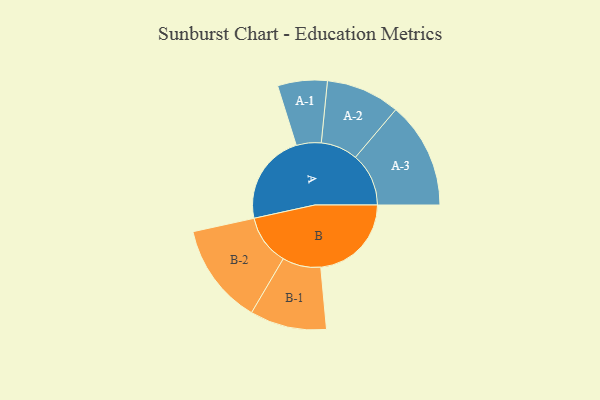
{"axis": {"x": "Segment", "y": "Value"}, "legend": ["", "A", "B"], "data": [{"x": "A", "y": 396, "type": ""}, {"x": "B", "y": 395, "type": ""}, {"x": "A-1", "y": 108, "type": "A"}, {"x": "A-2", "y": 161, "type": "A"}, {"x": "A-3", "y": 232, "type": "A"}, {"x": "B-1", "y": 167, "type": "B"}, {"x": "B-2", "y": 220, "type": "B"}]}